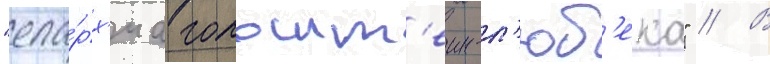
"епа́рх'иа гольшт'еин-л'юб'ека" // В